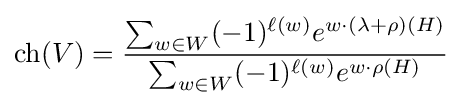
\operatorname {ch} (V)={\sum _{w\in W}(-1)^{\ell (w)}e^{w\cdot (\lambda +\rho )(H)} \over \sum _{w\in W}(-1)^{\ell (w)}e^{w\cdot \rho (H)}}